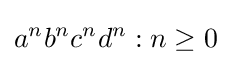
{a^{n}b^{n}c^{n}d^{n}:n\geq 0}